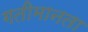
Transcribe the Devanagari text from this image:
गतीमानता